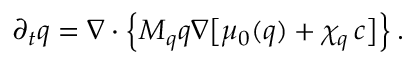
\partial _ { t } q = \boldsymbol \nabla \cdot \Bigl \{ M _ { q } q \boldsymbol \nabla \bigl [ \mu _ { 0 } ( q ) + \chi _ { q } \, c \bigr ] \Bigr \} \, .